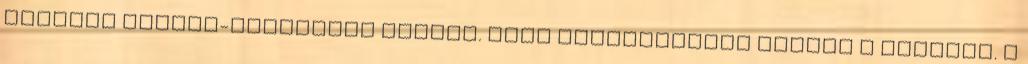
elõkelõ Európa-szállóban laknak. Nagy ünnepségekre készül a fõváros. A